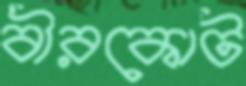
বীরকোট